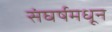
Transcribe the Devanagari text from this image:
संघर्षमधून